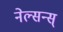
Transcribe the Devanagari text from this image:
नेल्सन्स्